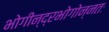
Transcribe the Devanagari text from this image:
भोगीन्द्रभोगोन्नतः